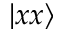
\vert x x \rangle